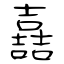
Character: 嚞